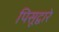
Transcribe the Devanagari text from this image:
पिसूद्वारे